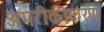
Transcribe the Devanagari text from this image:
अमरीकीकरण